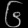
Digit: ၆